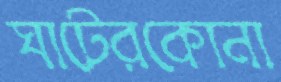
ঘাটেরকোনা